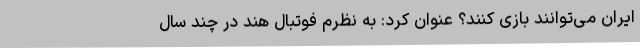
ایران می‌توانند بازی کنند؟ عنوان کرد: به نظرم فوتبال هند در چند سال